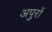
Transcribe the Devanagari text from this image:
अपुरों